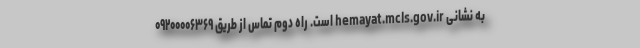
به نشانی hemayat.mcls.gov.ir است. راه دوم تماس از طریق ۰۹۲۰۰۰۰۶۳۶۹